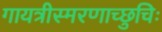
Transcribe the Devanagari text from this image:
गायत्रीस्मरणाच्छुचिः